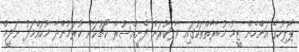
ޕޮލިހުގެ އަންހެން ޓީމު މުބާރާތްތަކުގައި ވާދަކުރަން ފެށީއްސުރެ ކޯޗުކަން ކުރަމުންދާ މުހައްމަދު ނަދީމް